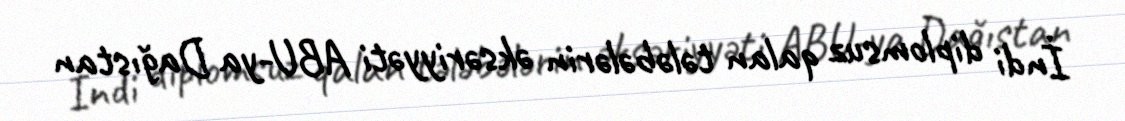
İndi diplomsuz qalan tələbələrin əksəriyyəti ABU-ya Dağıstan